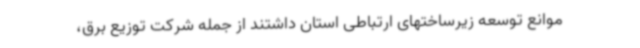
موانع توسعه زیرساختهای ارتباطی استان داشتند از جمله شرکت توزیع برق،